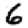
Digit: 6